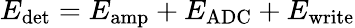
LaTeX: E_{\mathrm{det}}=E_{\mathrm{amp}}+E_{\mathrm{ADC}}+E_{\mathrm{write}}